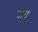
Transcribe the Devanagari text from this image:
रागु